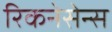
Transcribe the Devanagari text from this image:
रिकनेसेन्स